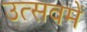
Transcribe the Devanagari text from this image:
उत्सवमें